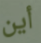
أين